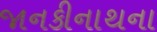
જાનકીનાથના